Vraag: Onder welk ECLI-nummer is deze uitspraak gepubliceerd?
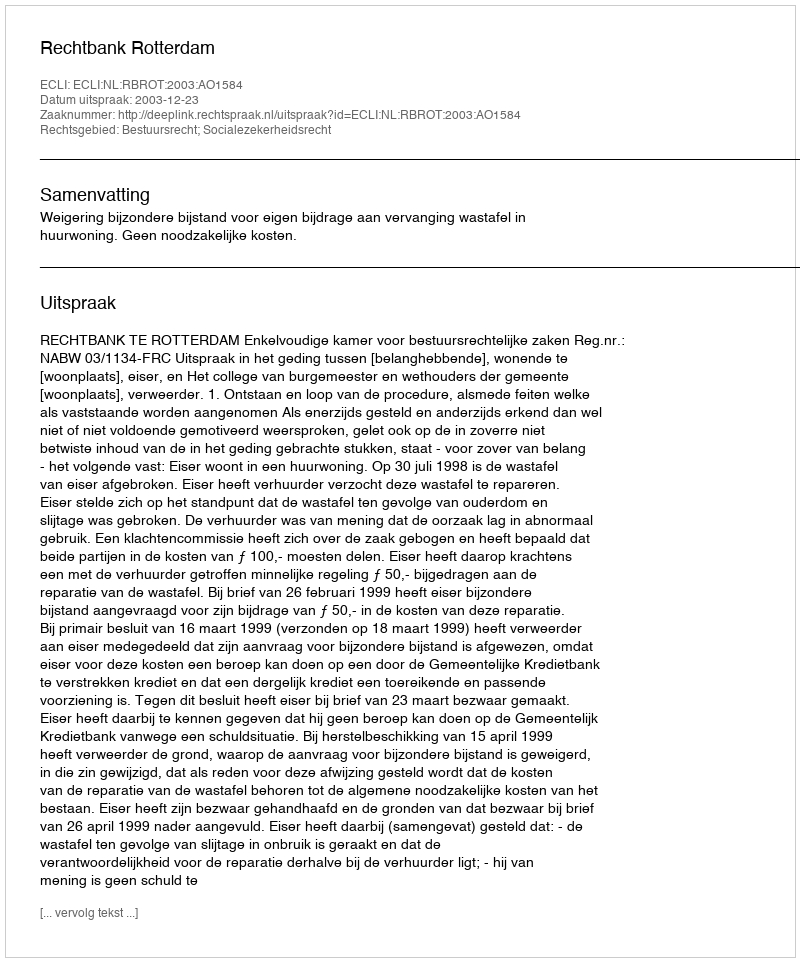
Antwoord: ECLI:NL:RBROT:2003:AO1584